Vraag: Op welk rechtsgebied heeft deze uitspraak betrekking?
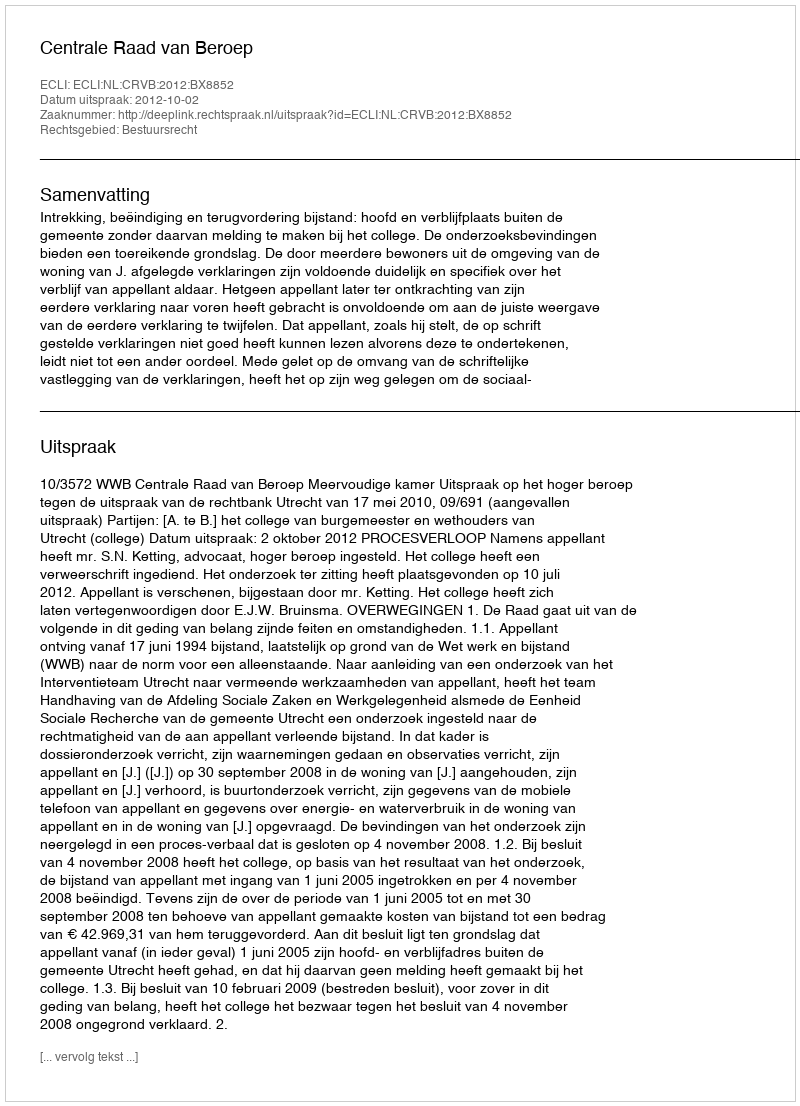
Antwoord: Bestuursrecht